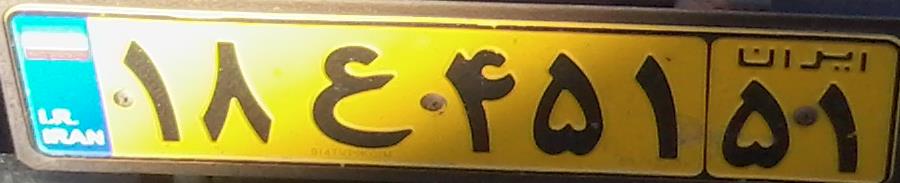
۱۸ع۴۵۱۵۱